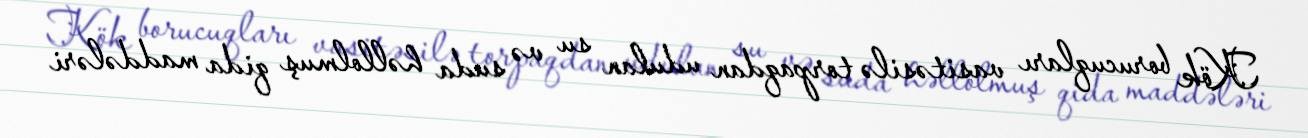
Kök borucuqları vasitəsilə torpaqdan udulan su və suda həllolmuş qida maddələri